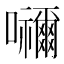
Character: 𭌹